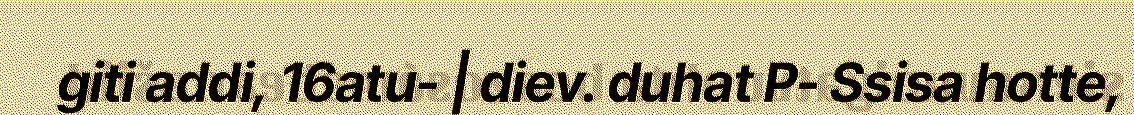
giti addi, 16atu- | diev. duhat P- Ssisa hotte,